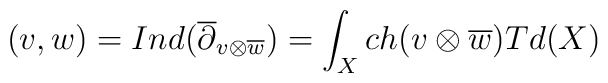
(v,w)=Ind(\overline{\partial}_{v\otimes\overline{w}})      =\int_X ch(v\otimes\overline{w})Td(X)